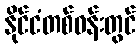
နိုင်ငံတစ်ဝန်းတွင်